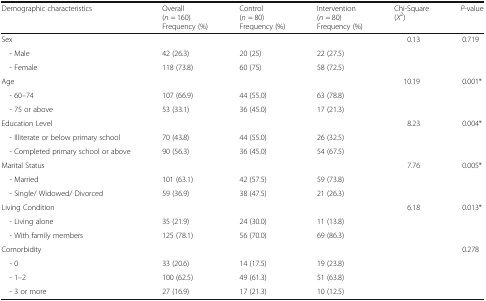
| Demographic characteristics | Overall(n = 160)Frequency (%) | Control(n = 80)Frequency (%) | Intervention(n = 80)Frequency (%) | Chi-Square(X2) | P-value |
 | --- | --- | --- | --- | --- | --- |
 | Sex |  |  |  | 0.13 | 0.719 |
 | - Male | 42 (26.3) | 20 (25) | 22 (27.5) |  |  |
 | - Female | 118 (73.8) | 60 (75) | 58 (72.5) |  |  |
 | Age |  |  |  | 10.19 | 0.001* |
 | - 60–74 | 107 (66.9) | 44 (55.0) | 63 (78.8) |  |  |
 | - 75 or above | 53 (33.1) | 36 (45.0) | 17 (21.3) |  |  |
 | Education Level |  |  |  | 8.23 | 0.004* |
 | - Illiterate or below primary school | 70 (43.8) | 44 (55.0) | 26 (32.5) |  |  |
 | - Completed primary school or above | 90 (56.3) | 36 (45.0) | 54 (67.5) |  |  |
 | Marital Status |  |  |  | 7.76 | 0.005* |
 | - Married | 101 (63.1) | 42 (57.5) | 59 (73.8) |  |  |
 | - Single/ Widowed/ Divorced | 59 (36.9) | 38 (47.5) | 21 (26.3) |  |  |
 | Living Condition |  |  |  | 6.18 | 0.013* |
 | - Living alone | 35 (21.9) | 24 (30.0) | 11 (13.8) |  |  |
 | - With family members | 125 (78.1) | 56 (70.0) | 69 (86.3) |  |  |
 | Comorbidity |  |  |  |  | 0.278 |
 | - 0 | 33 (20.6) | 14 (17.5) | 19 (23.8) |  |  |
 | - 1–2 | 100 (62.5) | 49 (61.3) | 51 (63.8) |  |  |
 | - 3 or more | 27 (16.9) | 17 (21.3) | 10 (12.5) |  |  |